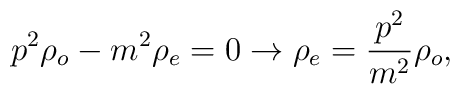
p^{2}\rho_{o}-m^{2}\rho_{e}=0\rightarrow\rho_{e}=\frac{p^{2}}{m^{2}}\rho_{o},